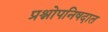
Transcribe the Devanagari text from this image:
प्रश्नोपनिषदात